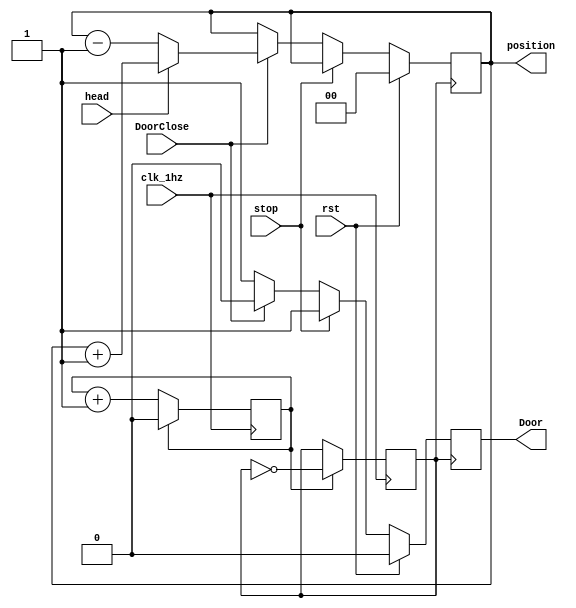
module Move(rst,clk_1hz,DoorClose,stop,head,Door,position);
	input rst,stop,head,clk_1hz;
	output [1:0]position;
	output Door;
	input DoorClose;
	reg [1:0]position;
	reg Door;
	reg count;
	reg clk;
	
	always @ (posedge clk_1hz)
	begin
		if(count == 1'b1)	begin
			count = 2'b0;
			clk = ~clk;
		end
		else count = count + 1'b1;
	end
	
	always @ (posedge clk)
	begin
		if(rst)	begin
			position = 2'b00;
			Door = 1'b0;
		end
		else	begin
			if(stop == 1'b1) Door = 1'b1;
			else if(stop == 1'b0)	begin
				if(DoorClose == 0)	Door = 1'b1;
				else if(DoorClose == 1)	begin
					Door = 1'b0;
					if(head == 1'b1)	position = position + 1'b1;
					else if(head == 1'b0)	position = position - 1'b1;
				end
			end
		end
	end
endmodule